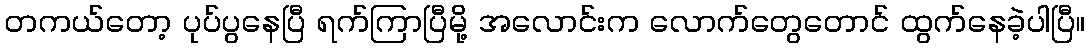
တကယ်တော့ ပုပ်ပွနေပြီ ရက်ကြာပြီမို့ အလောင်းက လောက်တွေတောင် ထွက်နေခဲ့ပါပြီ။